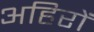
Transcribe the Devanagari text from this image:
अहिरों